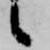
候